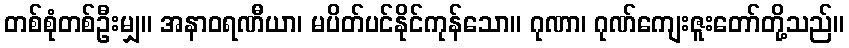
တစ်စုံတစ်ဦးမျှ။ အနာဝရဏီယာ၊ မပိတ်ပင်နိုင်ကုန်သော။ ဂုဏာ၊ ဂုဏ်ကျေးဇူးတော်တို့သည်။